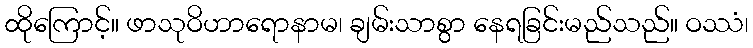
ထိုကြောင့်။ ဖာသုဝိဟာရောနာမ၊ ချမ်းသာစွာ နေရခြင်းမည်သည်။ ဝဿံ၊